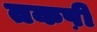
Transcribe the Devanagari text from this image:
तकष़ी